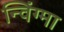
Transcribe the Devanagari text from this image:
न्विंग्मा